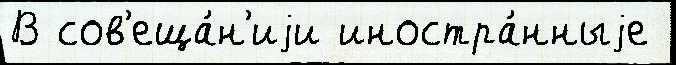
В сов'еща́н'иjи иностра́нныjе